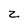
Character: z